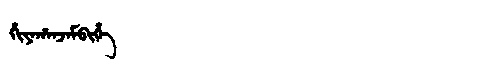
Manchu: ᡥᡳᠶᠠᡥᠠᠨᠵᠠᠮᠪᡳᡥᡝ
Romanization: HIYAHANJAMBIHE